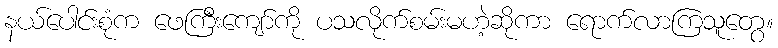
နယ်ပေါင်းစုံက ဖေကြီးကျော်ကို ပသလိုက်စမ်းမဟဲ့ဆိုကာ ရောက်လာကြသူတွေ။